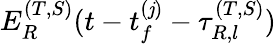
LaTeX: E_{R}^{(T,S)}(t-t_{f}^{(\mathit{j})}-\tau_{R,l}^{(T,S)})